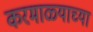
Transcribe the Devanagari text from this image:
करमाळ्याच्या